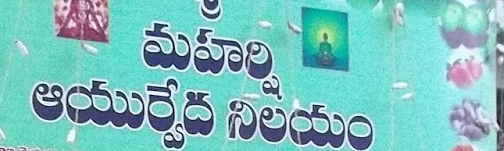
Language: telugu
Transcription: నిలయం మహర్షి